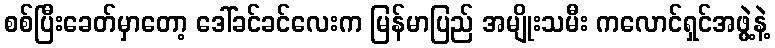
စစ်ပြီးခေတ်မှာတော့ ဒေါ်ခင်ခင်လေးက မြန်မာပြည် အမျိုးသမီး ကလောင်ရှင်အဖွဲ့နဲ့